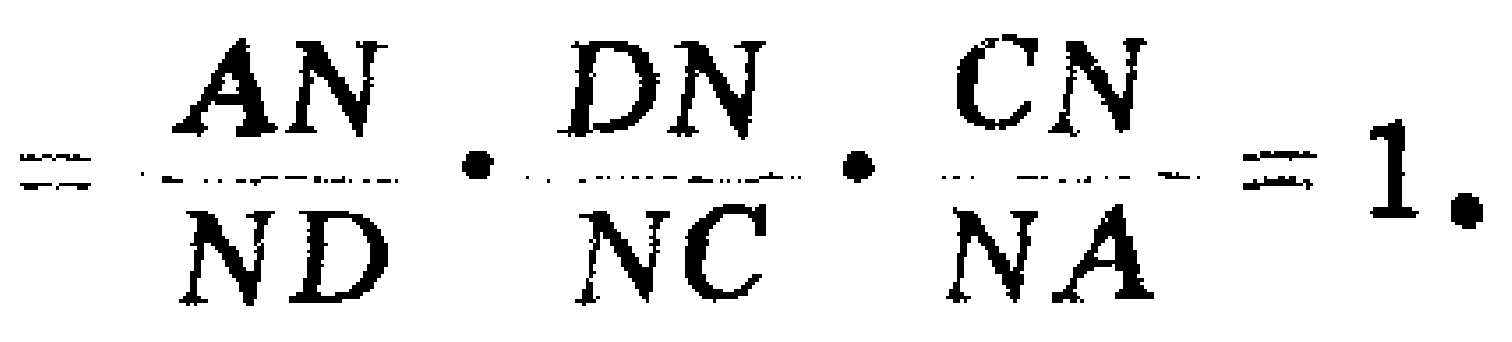
$=\frac{AN}{ND}\cdot\frac{DN}{NC}\cdot\frac{CN}{NA}=1.$